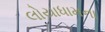
લોયાધામના